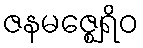
ဇနမဇ္ဈေရိဝ